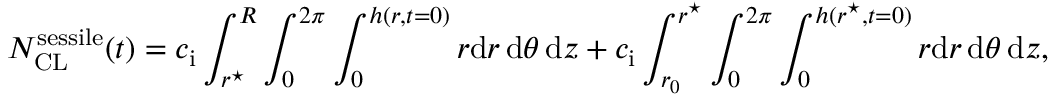
N _ { \mathrm { C L } } ^ { \mathrm { s e s s i l e } } ( t ) = c _ { \mathrm { i } } \int _ { r ^ { \star } } ^ { R } \int _ { 0 } ^ { 2 \pi } \int _ { 0 } ^ { h ( r , t = 0 ) } r \mathrm { d } r \, \mathrm { d } \theta \, \mathrm { d } z + c _ { \mathrm { i } } \int _ { r _ { 0 } } ^ { r ^ { \star } } \int _ { 0 } ^ { 2 \pi } \int _ { 0 } ^ { h ( r ^ { \star } , t = 0 ) } r \mathrm { d } r \, \mathrm { d } \theta \, \mathrm { d } z ,